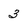
Character: 3